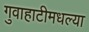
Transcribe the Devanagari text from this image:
गुवाहाटीमधल्या